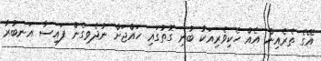
އޭގެ ތެރެއިން އެއް ހެކިވެރިއަކު ބުނި ގޮތުގައި ހައްޖަށް ނުދެވިގެން ފައިސާ އަނބުރާ